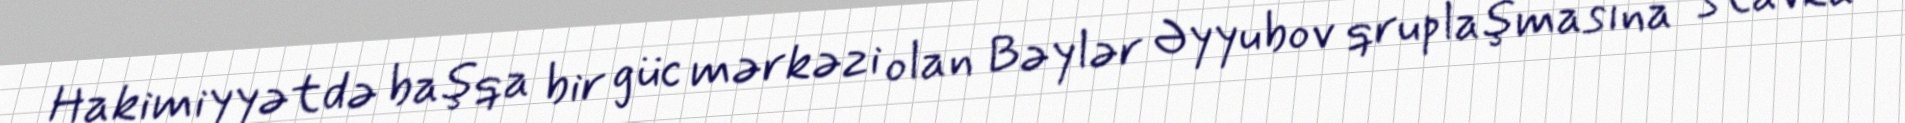
Hakimiyyətdə başqa bir güc mərkəzi olan Bəylər Əyyubov qruplaşmasına “stavka”